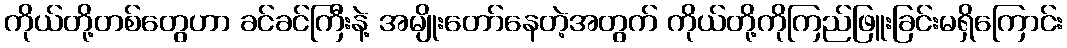
ကိုယ်တို့တစ်တွေဟာ ခင်ခင်ကြီးနဲ့ အမျိုးတော်နေတဲ့အတွက် ကိုယ်တို့ကိုကြည်ဖြူးခြင်းမရှိကြောင်း